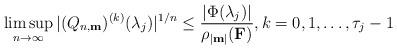
LaTeX: \begin{align*}\limsup_{n \rightarrow \infty} |(Q_{n,\textup{\textbf{m}}})^{(k)}(\lambda_j)|^{1/n}\leq \frac{|\Phi(\lambda_j)|}{\rho_{|\textup{\textbf{m}}|}(\textup{\textbf{F}})}, k=0,1,\ldots,\tau_j-1\end{align*}